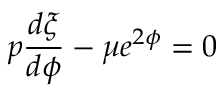
p \frac { d \xi } { d \phi } - \mu e ^ { 2 \phi } = 0